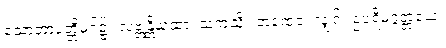
သောတာပတ္တိမဂ်၌။ လဗ္ဘန္တိယထာ၊ သကဲ့သို့။ တထေဝ၊ လျှင်။ ဥပရိမဂ္ဂတ္တယေ၊